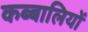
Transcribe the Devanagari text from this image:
कब्बालियों